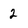
Character: 2